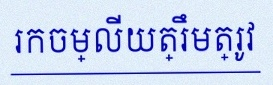
រកចម្លើយត្រឹមត្រូវ